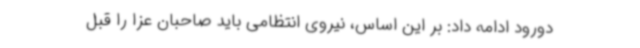
دورود ادامه داد: بر این اساس، نیروی انتظامی باید صاحبان عزا را قبل